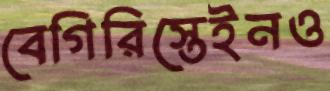
বেগিরিস্তেইনও